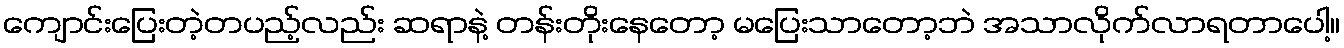
ကျောင်းပြေးတဲ့တပည့်လည်း ဆရာနဲ့ တန်းတိုးနေတော့ မပြေးသာတော့ဘဲ အသာလိုက်လာရတာပေါ့။